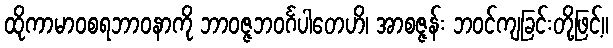
ထိုကာမာဝစရဘာဝနာကို ဘာဝဇ္ဇဘဝင်္ဂပါတေဟိ၊ အာစဇ္ဇန်း ဘဝင်ကျခြင်းတို့ဖြင့်။